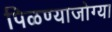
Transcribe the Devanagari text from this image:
पिळण्याजोग्या